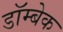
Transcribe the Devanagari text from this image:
डॉम्बेक